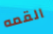
القمه